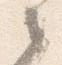
々